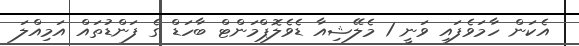
އެކަން ހާމަވެފައި ވަނީ 1 މެލޭޝިއާ ޑެވެލޮޕްމަންޓް ބާހަޑް ގެ ފަންޑުތައް އަމިއްލަ